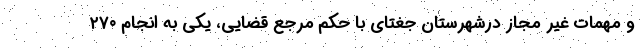
و مهمات غیر مجاز درشهرستان جغتای با حکم مرجع قضایی، یکی به انجام ۲۷۰